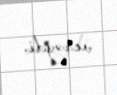
verəydi.